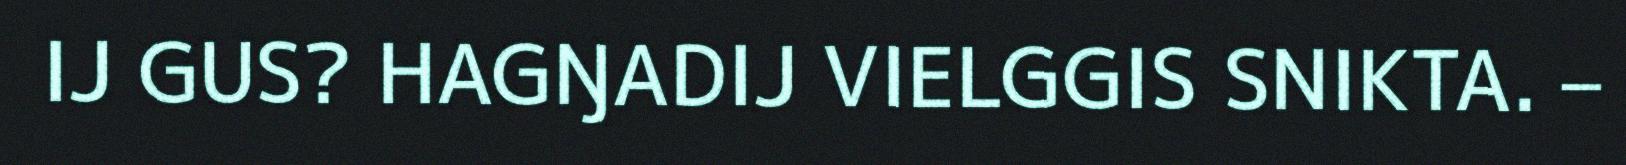
IJ GUS? HAGŊADIJ VIELGGIS SNIKTA. –